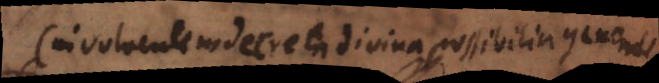
(involventem decreta divina possibilia